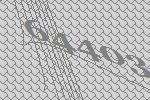
64403